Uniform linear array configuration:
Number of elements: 16
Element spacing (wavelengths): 0.5
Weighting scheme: hamming
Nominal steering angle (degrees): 60
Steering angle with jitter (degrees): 59.874
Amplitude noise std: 0.05
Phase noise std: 0.05

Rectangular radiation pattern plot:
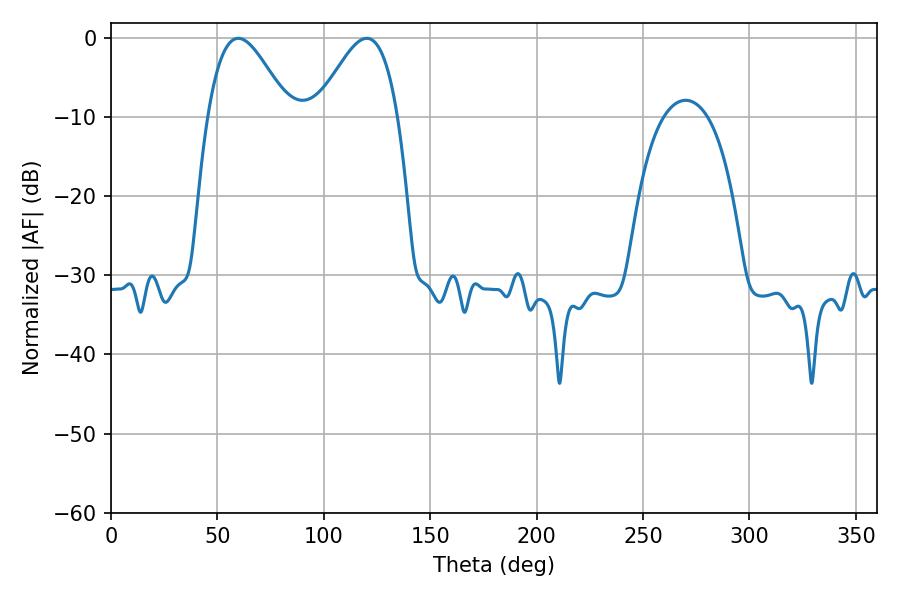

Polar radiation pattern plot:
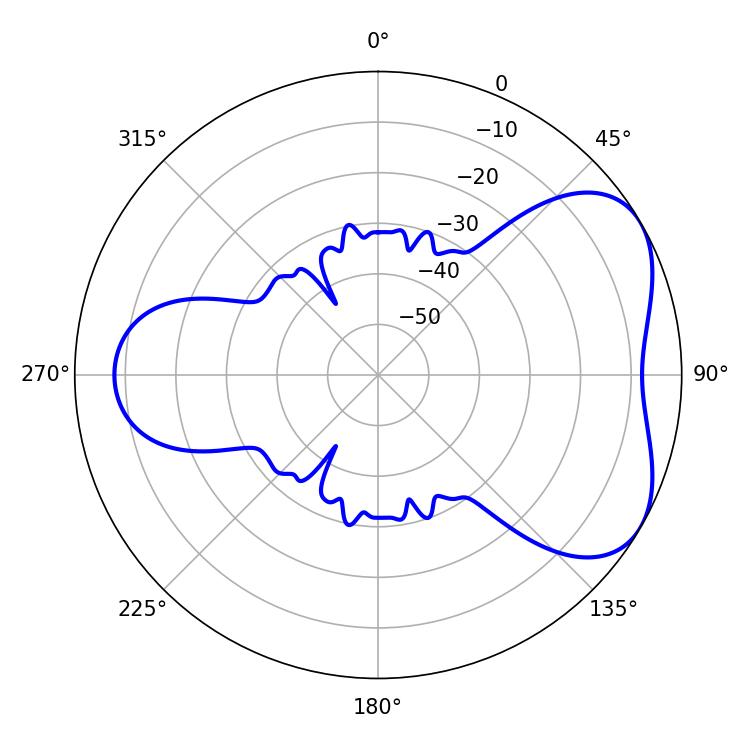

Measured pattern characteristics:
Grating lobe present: FALSE
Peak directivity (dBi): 4.922
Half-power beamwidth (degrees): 20.34
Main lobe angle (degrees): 59.76